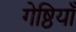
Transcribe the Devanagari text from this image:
गेष्ठियाँ